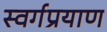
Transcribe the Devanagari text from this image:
स्वर्गप्रयाण